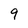
Character: 9